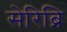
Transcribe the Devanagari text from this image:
सेरिब्रि